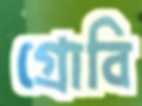
গ্রোবি